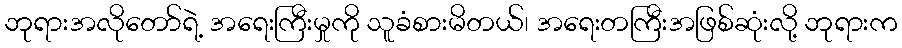
ဘုရားအလိုတော်ရဲ့ အရေးကြီးမှုကို သူခံစားမိတယ်၊ အရေးတကြီးအဖြစ်ဆုံးလို့ ဘုရားက